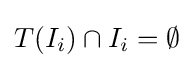
T(I_{i})\cap I_{i}=\emptyset